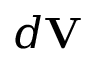
d { \mathbf V }